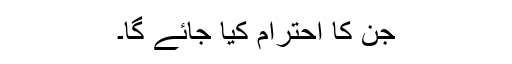
جن کا احترام کیا جائے گا۔